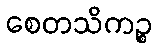
စေတသိကဉ္စ